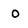
Character: O